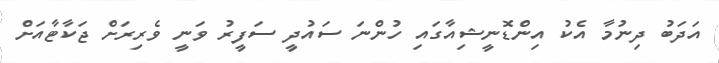
އަދަބު ދިނުމާ އެކު އިންޑޮނީޝިއާގައި ހުންނަ ސައުދީ ސަފީރު ވަނީ ވެރިރަށް ޖަކާޓާއަށް